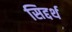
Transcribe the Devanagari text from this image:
सिद्दर्थ